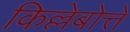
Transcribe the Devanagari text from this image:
किल्लेबोत्ते